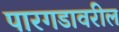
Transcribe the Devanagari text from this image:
पारगडावरील